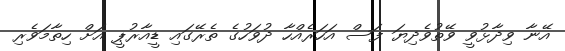
އޭނާ ވިދާޅުވީ ވޭތުވެދިޔަ ފަސް އަހަރެއްހާ ދުވަހުގެ ތެރޭގައި ޑީއާރުޕީ އަށް ހިތާމަވެރި